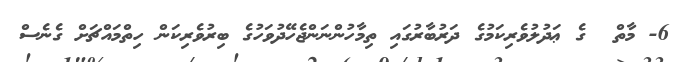
6- މާތް  ގެ ޢަދުލުވެރިކަމުގެ ދަރުބާރުގައި ތިމާހުންނަންޖެހޭދުވަހުގެ ބިރުވެރިކަން ހިތްމައްޗަށް ގެނެސް